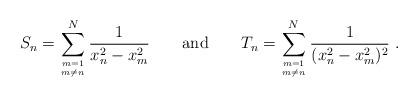
LaTeX: \begin{align*} S_n = \sum_{m=1 \atop m\ne n}^N \frac{1}{x_n^2-x_m^2} \qquad {\rm and} \qquad T_n = \sum_{m=1 \atop m\ne n}^N \frac{1}{(x_n^2-x_m^2)^2} \ .\end{align*}